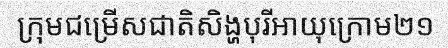
ក្រុមជម្រើសជាតិសិង្ហបុរីអាយុក្រោម២១